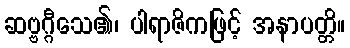
ဆဗ္ဗဂ္ဂီသေ၏၊ ပါရာဇိကဖြင့် အနာပတ္တိ။